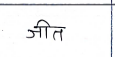
मजकूर: जीत